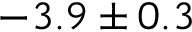
- 3 . 9 \pm 0 . 3